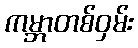
ကမ္ဘာတစ်ဝှမ်း